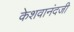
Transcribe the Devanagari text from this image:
केशवानंदजी